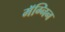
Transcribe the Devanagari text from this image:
मॅग्निन